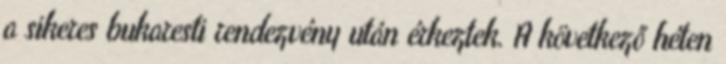
a sikeres bukaresti rendezvény után érkeztek. A következő héten